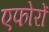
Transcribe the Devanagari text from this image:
एफोरों